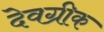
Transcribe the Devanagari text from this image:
देवग्रीक